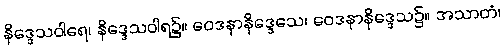
နိဒ္ဒေသဝါရေ၊ နိဒ္ဒေသဝါရ၌။ ဝေဒနာနိဒ္ဒေသေ၊ ဝေဒနာနိဒ္ဒေသ၌။ အသာတံ၊